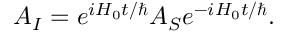
A _ { I } = e ^ { i H _ { 0 } t / \hbar } A _ { S } e ^ { - i H _ { 0 } t / \hbar } .